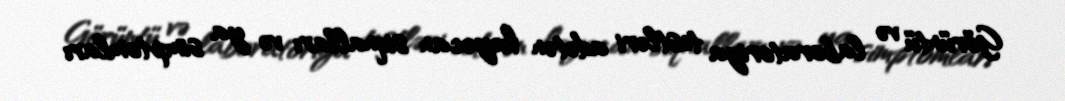
Görüntü və laboratoriya testləri adətən həyəcan siqnalları və ya simptomları